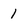
Character: 1